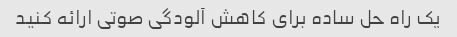
یک راه حل ساده برای کاهش آلودگی صوتی ارائه کنید